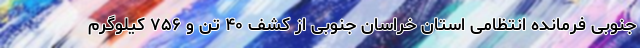
جنوبی فرمانده انتظامی استان خراسان جنوبی از کشف ۴۰ تن و ۷۵۶ کیلوگرم